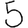
Digit: 5